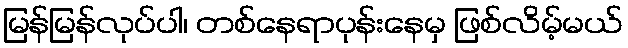
မြန်မြန်လုပ်ပါ၊ တစ်နေရာပုန်းနေမှ ဖြစ်လိမ့်မယ်